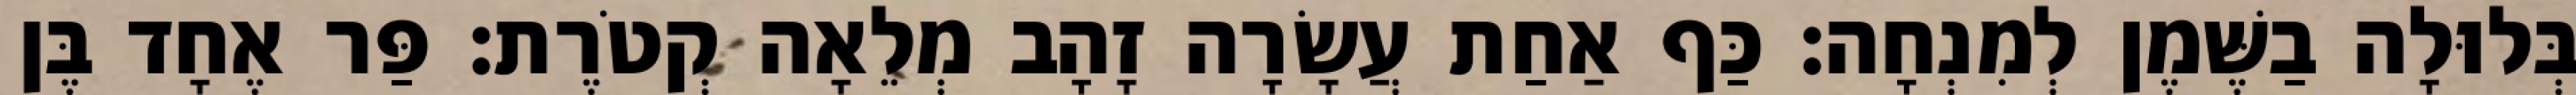
בְּלוּלָה בַשֶּׁמֶן לְמִנְחָה׃ כַּף אַחַת עֲשָׂרָה זָהָב מְלֵאָה קְטֹרֶת׃ פַּר אֶחָד בֶּן